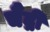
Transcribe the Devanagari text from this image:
चैंद्री